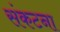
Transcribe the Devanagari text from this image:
संकटना